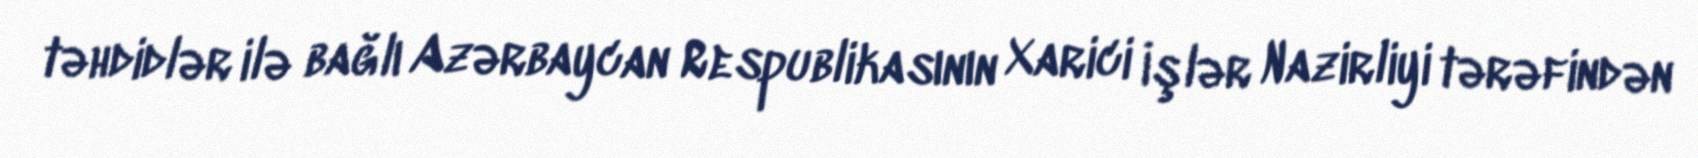
təhdidlər ilə bağlı Azərbaycan Respublikasının Xarici İşlər Nazirliyi tərəfindən